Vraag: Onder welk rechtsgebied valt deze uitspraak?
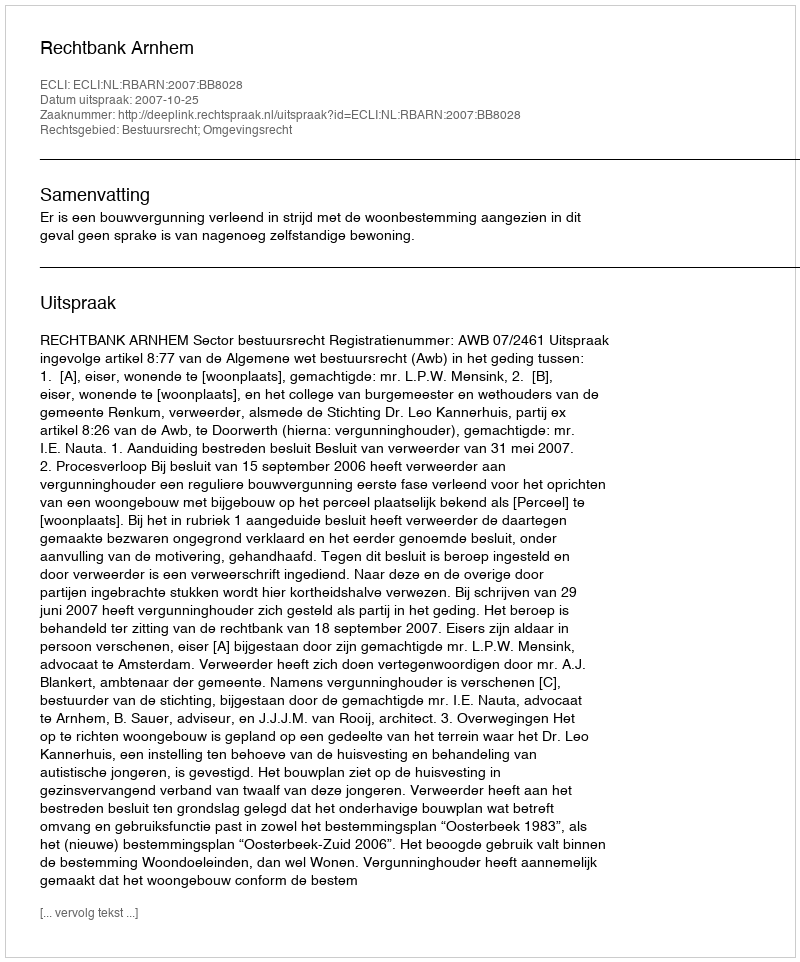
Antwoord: Bestuursrecht; Omgevingsrecht